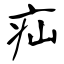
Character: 疝